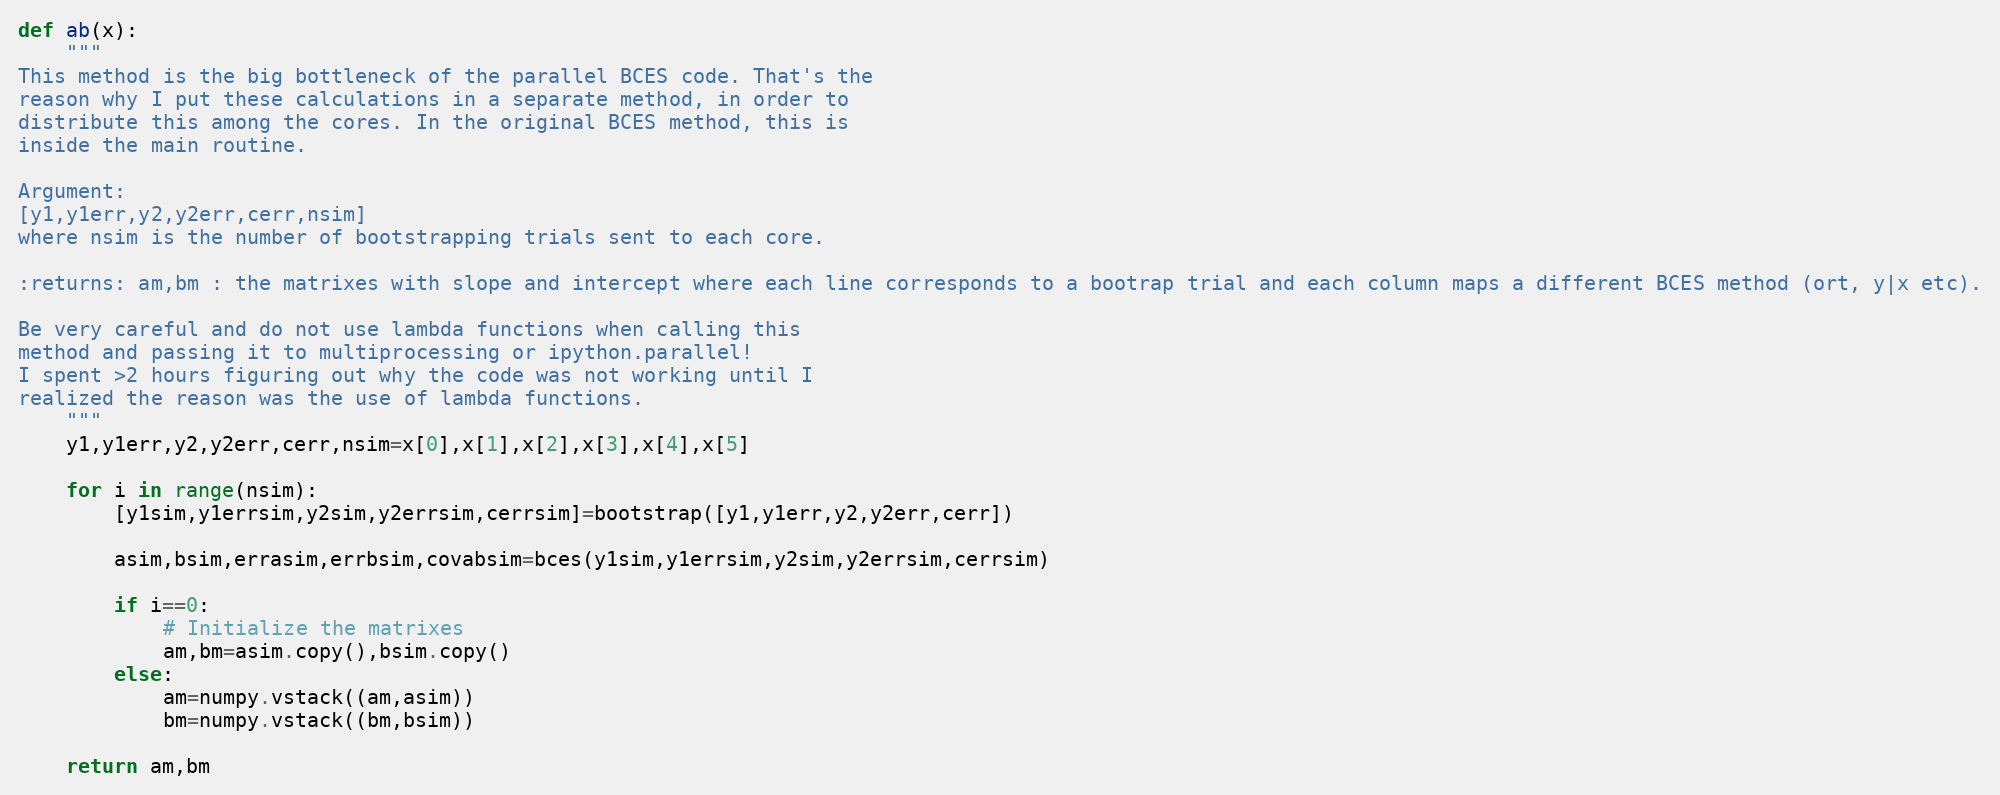
Language: Python
def ab(x):
	"""
This method is the big bottleneck of the parallel BCES code. That's the
reason why I put these calculations in a separate method, in order to
distribute this among the cores. In the original BCES method, this is
inside the main routine.

Argument:
[y1,y1err,y2,y2err,cerr,nsim]
where nsim is the number of bootstrapping trials sent to each core.

:returns: am,bm : the matrixes with slope and intercept where each line corresponds to a bootrap trial and each column maps a different BCES method (ort, y|x etc).

Be very careful and do not use lambda functions when calling this
method and passing it to multiprocessing or ipython.parallel!
I spent >2 hours figuring out why the code was not working until I
realized the reason was the use of lambda functions.
	"""
	y1,y1err,y2,y2err,cerr,nsim=x[0],x[1],x[2],x[3],x[4],x[5]

	for i in range(nsim):
		[y1sim,y1errsim,y2sim,y2errsim,cerrsim]=bootstrap([y1,y1err,y2,y2err,cerr])

		asim,bsim,errasim,errbsim,covabsim=bces(y1sim,y1errsim,y2sim,y2errsim,cerrsim)

		if i==0:
			# Initialize the matrixes
			am,bm=asim.copy(),bsim.copy()
		else:
			am=numpy.vstack((am,asim))
			bm=numpy.vstack((bm,bsim))

	return am,bm